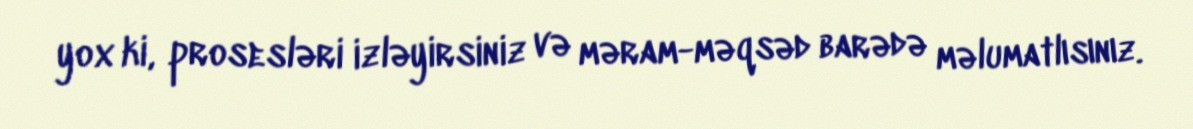
yox ki, prosesləri izləyirsiniz və məram-məqsəd barədə məlumatlısınız.